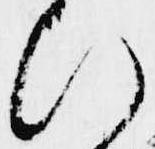
ひ